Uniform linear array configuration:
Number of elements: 16
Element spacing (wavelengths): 0.75
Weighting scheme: exponential
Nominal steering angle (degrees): -15
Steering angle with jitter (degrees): -14.882
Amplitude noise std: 0.05
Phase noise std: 0.05

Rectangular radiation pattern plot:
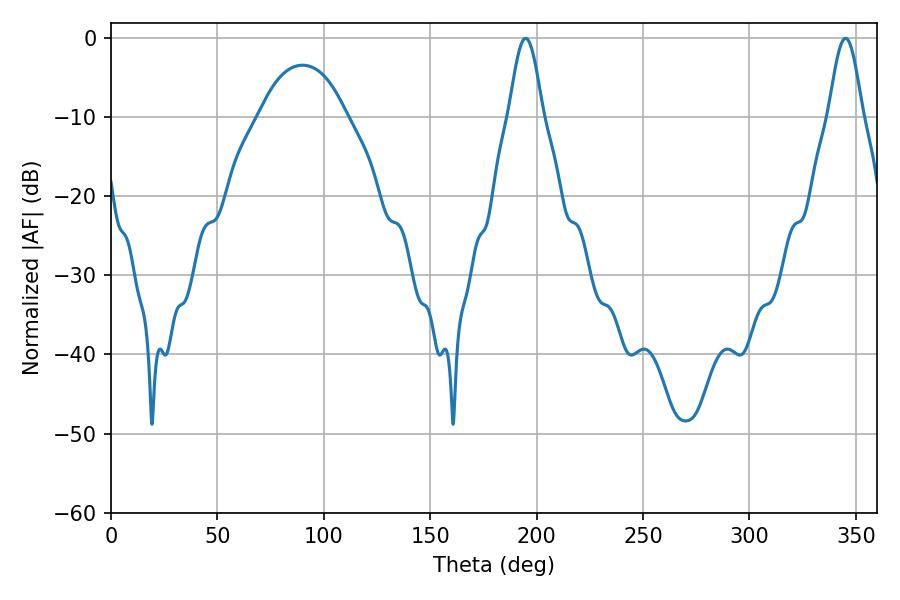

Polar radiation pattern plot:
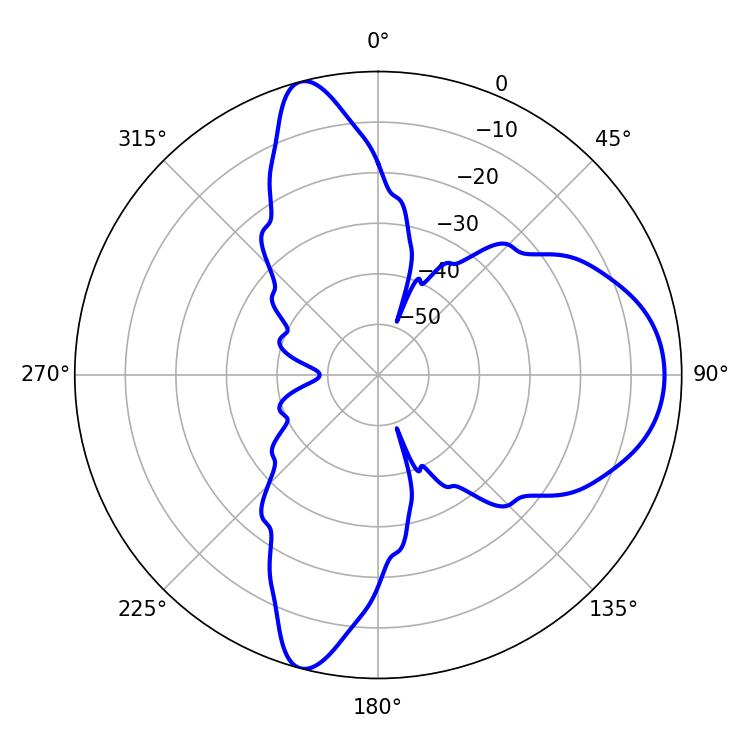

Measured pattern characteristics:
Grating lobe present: TRUE
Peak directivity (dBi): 10.975
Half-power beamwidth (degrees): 8.46
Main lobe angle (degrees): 194.76